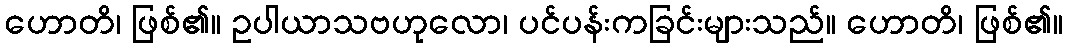
ဟောတိ၊ ဖြစ်၏။ ဥပါယာသဗဟုလော၊ ပင်ပန်းကခြင်းများသည်။ ဟောတိ၊ ဖြစ်၏။